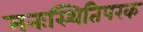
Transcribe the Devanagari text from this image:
मनःस्थितिपरक